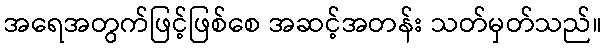
အရေအတွက်ဖြင့်ဖြစ်စေ အဆင့်အတန်း သတ်မှတ်သည်။